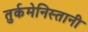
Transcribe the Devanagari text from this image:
तुर्कमेनिस्तानी